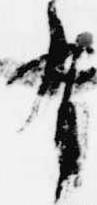
有